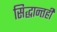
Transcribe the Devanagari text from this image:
सिद्धान्तही